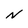
Character: N